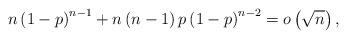
LaTeX: \begin{align*}n\left(1-p\right)^{n-1}+n\left(n-1\right)p\left(1-p\right)^{n-2}=o\left(\sqrt{n}\right),\end{align*}